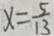
x = \frac { 5 } { 1 3 }